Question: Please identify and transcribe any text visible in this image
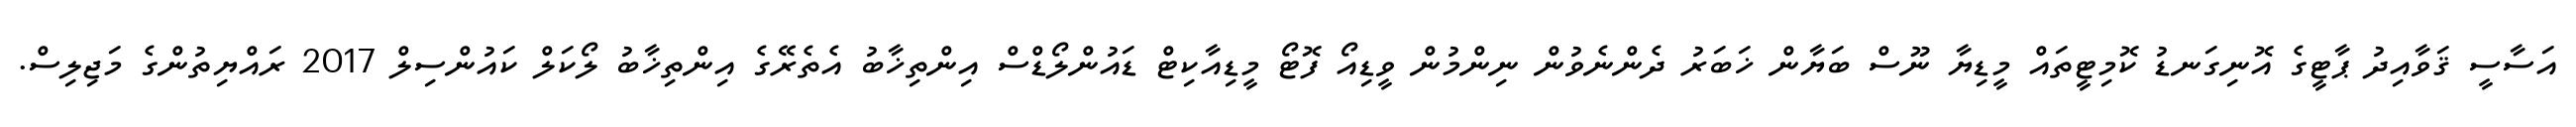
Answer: އަސާސީ ޤަވާއިދު ޕާޓީގެ އޮނިގަނޑު ކޮމިޓީތައް މީޑިޔާ ނޫސް ބަޔާން ޚަބަރު ދެންނެވުން ނިންމުން ވީޑިއޯ ފޮޓޯ މީޑިއާކިޓް ޑައުންލޯޑްސް އިންތިޚާބު އެތެރޭގެ އިންތިޚާބު ލޯކަލް ކައުންސިލް 2017 ރައްޔިތުންގެ މަޖިލިސް.